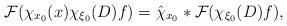
LaTeX: \begin{align*}\mathcal{F} (\chi_{x_0}(x) \chi_{\xi_0}(D) f) = \hat \chi_{x_0} * \mathcal{F} (\chi_{\xi_0}(D) f),\end{align*}